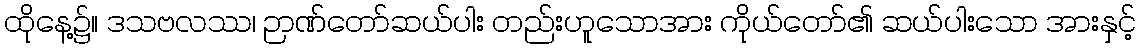
ထိုနေ့၌။ ဒသဗလဿ၊ ဉာဏ်တော်ဆယ်ပါး တည်းဟူသောအား ကိုယ်တော်၏ ဆယ်ပါးသော အားနှင့်